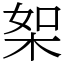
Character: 桇